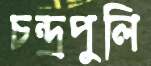
চন্দ্রপুলি